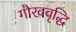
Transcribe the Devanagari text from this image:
गौरववृद्धि